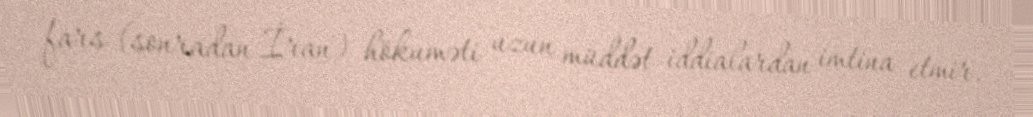
fars (sonradan İran) hökuməti uzun müddət iddialardan imtina etmir.